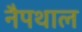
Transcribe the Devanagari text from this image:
नैपथाल